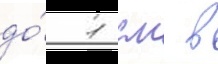
до́ 1 см в